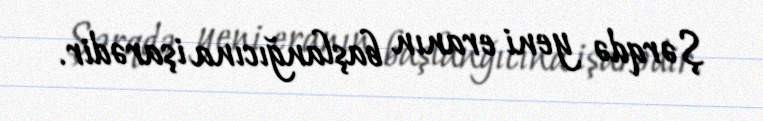
Şərqdə yeni eranın başlanğıcına işarədir.